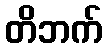
တိဘက်